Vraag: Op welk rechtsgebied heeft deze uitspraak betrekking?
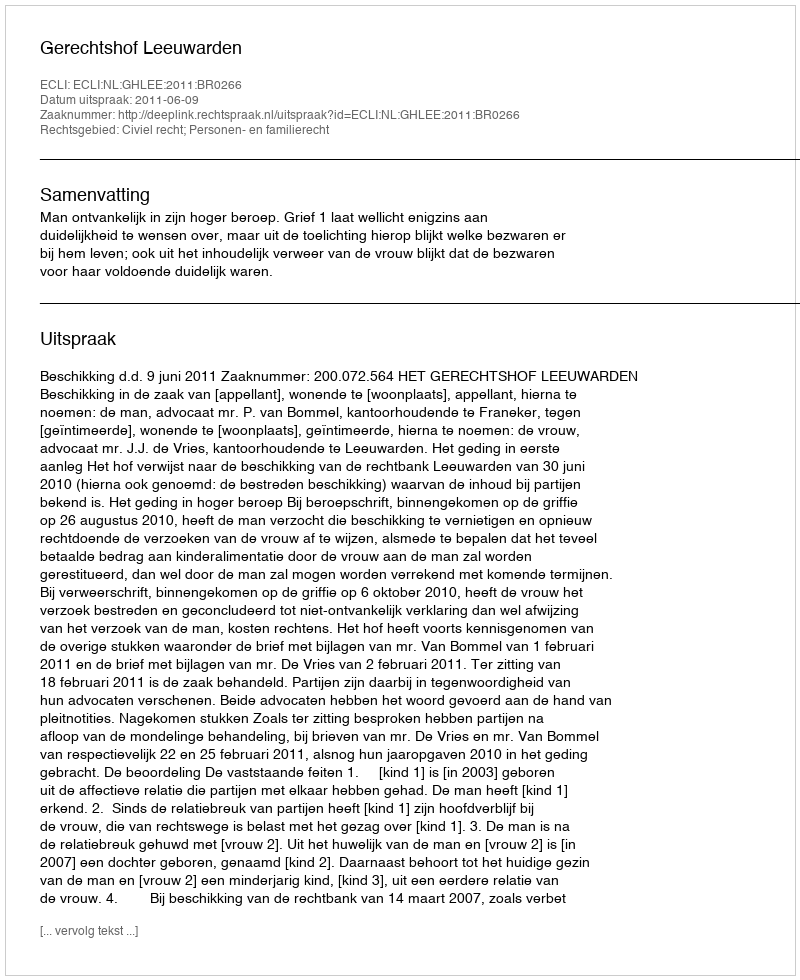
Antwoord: Civiel recht; Personen- en familierecht